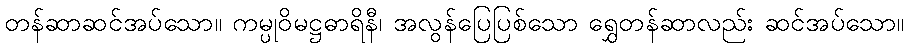
တန်ဆာဆင်အပ်သော။ ကမ္ပုဝိမဋ္ဌဓာရိနီ၊ အလွန်ပြေပြစ်သော ရွှေတန်ဆာလည်း ဆင်အပ်သော။